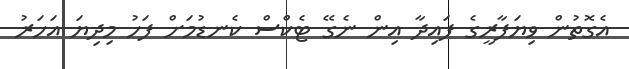
އެގޮތުން ވިޔަފާރީގެ ފައިދާ އިން ނެގޭ ޓެކްސް ކެނޑުމަށް ފަހު މިދިޔަ އަހަރު